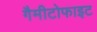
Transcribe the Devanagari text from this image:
गैमीटोफाइट